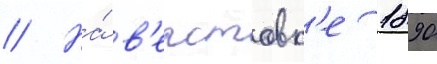
// На́ в'ерстовк'е 1890